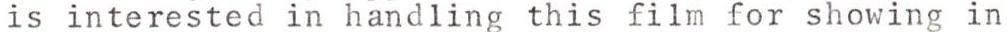
is interested in handling this film for showing in